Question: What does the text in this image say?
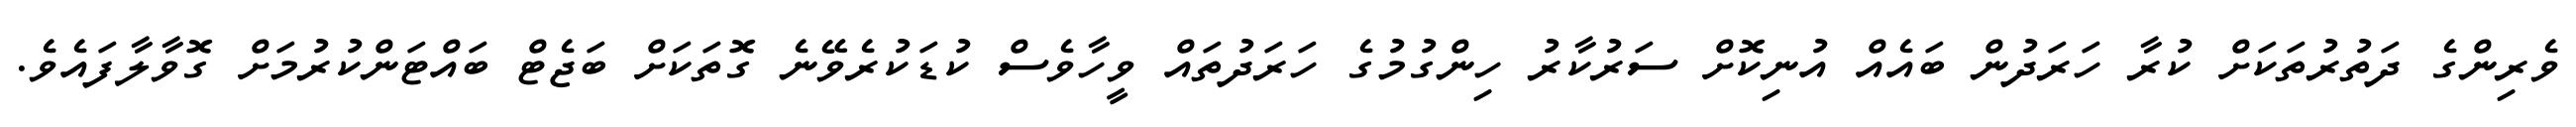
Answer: ވެރިންގެ ދަތުރުތަކަށް ކުރާ ހަރަދުން ބައެއް އުނިކޮށް ސަރުކާރު ހިންގުމުގެ ހަރަދުތައް ވީހާވެސް ކުޑަކުރެވޭނެ ގޮތަކަށް ބަޖެޓް ބައްޓަންކުރުމަށް ގޮވާލާފައެވެ.